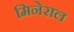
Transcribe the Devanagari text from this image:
मिनेराल